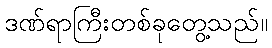
ဒဏ်ရာကြီးတစ်ခုတွေ့သည်။